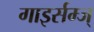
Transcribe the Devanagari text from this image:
गाइर्सम्ज्